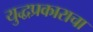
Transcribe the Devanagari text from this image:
युद्धप्रकाराचा